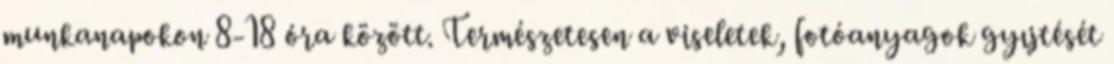
munkanapokon 8-18 óra között. Természetesen a viseletek, fotóanyagok gyıjtését